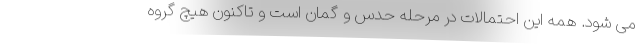
می شود. همه این احتمالات در مرحله حدس و گمان است و تاکنون هیچ گروه